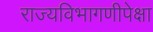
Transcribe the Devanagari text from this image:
राज्यविभागणीपेक्षा